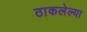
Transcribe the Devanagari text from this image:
ठाकलेल्या